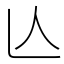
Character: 亾